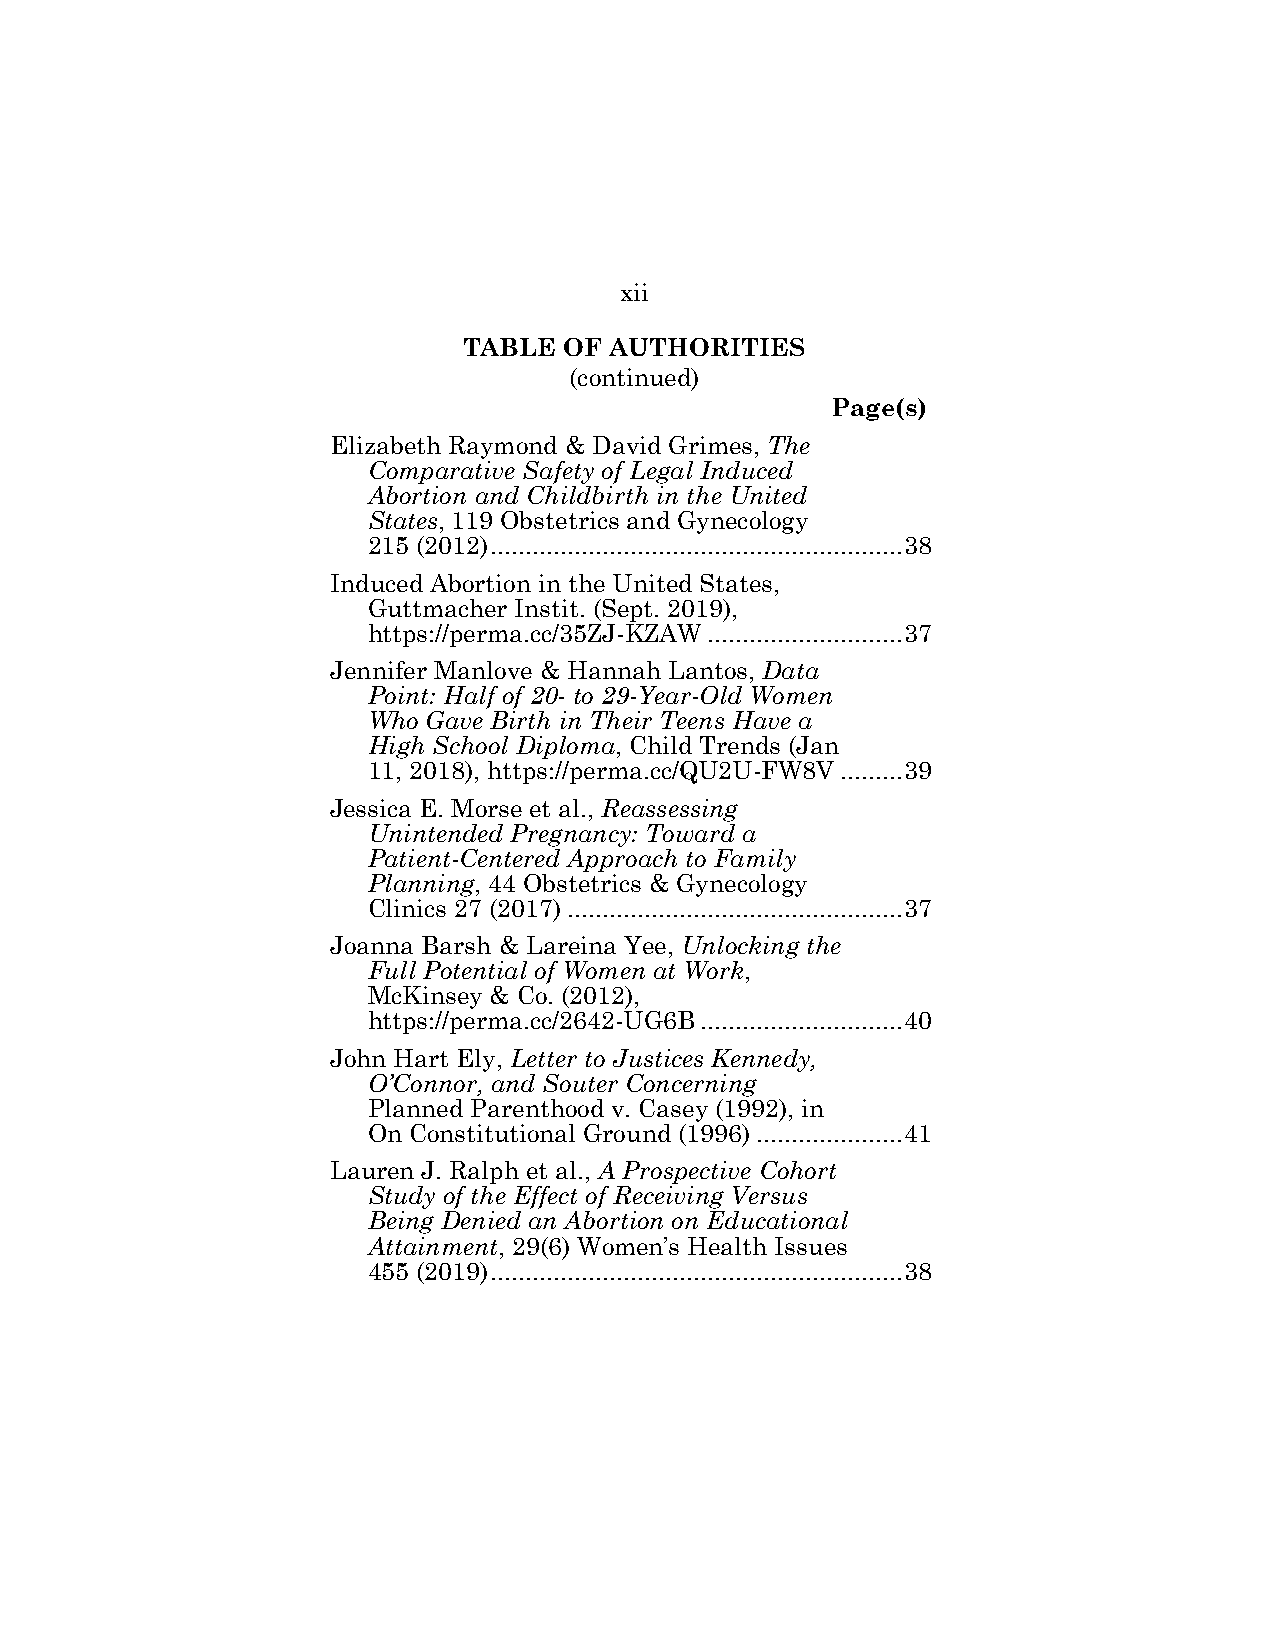
xii
 TABLE OF AUTHORITIES
 (continued)
 Page(s)
 Elizabeth Raymond & David Grimes, The
 Comparative Safety of Legal Induced
 Abortion and Childbirth in the United
 States, 119 Obstetrics and Gynecology
 215 (2012) ........................................................... 38
 Induced Abortion in the United States,
 Guttmacher Instit. (Sept. 2019),
 https://perma.cc/35ZJ-KZAW ............................ 37
 Jennifer Manlove & Hannah Lantos, Data
 Point: Half of 20- to 29-Year-Old Women
 Who Gave Birth in Their Teens Have a
 High School Diploma, Child Trends (Jan
 11, 2018), https://perma.cc/QU2U-FW8V ......... 39
 Jessica E. Morse et al., Reassessing
 Unintended Pregnancy: Toward a
 Patient-Centered Approach to Family
 Planning, 44 Obstetrics & Gynecology
 Clinics 27 (2017) ................................................ 37
 Joanna Barsh & Lareina Yee, Unlocking the
 Full Potential of Women at Work,
 McKinsey & Co. (2012),
 https://perma.cc/2642-UG6B ............................. 40
 John Hart Ely, Letter to Justices Kennedy,
 O’Connor, and Souter Concerning
 Planned Parenthood v. Casey (1992), in
 On Constitutional Ground (1996) ..................... 41
 Lauren J. Ralph et al., A Prospective Cohort
 Study of the Effect of Receiving Versus
 Being Denied an Abortion on Educational
 Attainment, 29(6) Women’s Health Issues
 455 (2019) ........................................................... 38